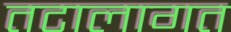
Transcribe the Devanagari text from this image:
तटालागत